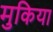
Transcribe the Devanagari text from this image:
मुकिया